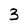
Character: 3